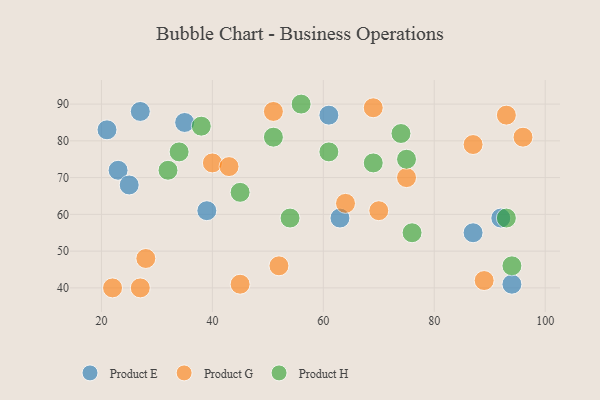
{"axis": {"x": "GDP", "y": "Life Expectancy"}, "legend": ["Product E", "Product G", "Product H"], "data": [{"x": "92", "y": 59, "type": "Product E"}, {"x": "35", "y": 85, "type": "Product E"}, {"x": "61", "y": 87, "type": "Product E"}, {"x": "39", "y": 61, "type": "Product E"}, {"x": "23", "y": 72, "type": "Product E"}, {"x": "21", "y": 83, "type": "Product E"}, {"x": "94", "y": 41, "type": "Product E"}, {"x": "25", "y": 68, "type": "Product E"}, {"x": "27", "y": 88, "type": "Product E"}, {"x": "63", "y": 59, "type": "Product E"}, {"x": "87", "y": 55, "type": "Product E"}, {"x": "45", "y": 41, "type": "Product G"}, {"x": "64", "y": 63, "type": "Product G"}, {"x": "75", "y": 70, "type": "Product G"}, {"x": "89", "y": 42, "type": "Product G"}, {"x": "40", "y": 74, "type": "Product G"}, {"x": "52", "y": 46, "type": "Product G"}, {"x": "43", "y": 73, "type": "Product G"}, {"x": "70", "y": 61, "type": "Product G"}, {"x": "27", "y": 40, "type": "Product G"}, {"x": "51", "y": 88, "type": "Product G"}, {"x": "96", "y": 81, "type": "Product G"}, {"x": "22", "y": 40, "type": "Product G"}, {"x": "69", "y": 89, "type": "Product G"}, {"x": "93", "y": 87, "type": "Product G"}, {"x": "87", "y": 79, "type": "Product G"}, {"x": "28", "y": 48, "type": "Product G"}, {"x": "61", "y": 77, "type": "Product H"}, {"x": "38", "y": 84, "type": "Product H"}, {"x": "54", "y": 59, "type": "Product H"}, {"x": "32", "y": 72, "type": "Product H"}, {"x": "34", "y": 77, "type": "Product H"}, {"x": "93", "y": 59, "type": "Product H"}, {"x": "75", "y": 75, "type": "Product H"}, {"x": "45", "y": 66, "type": "Product H"}, {"x": "76", "y": 55, "type": "Product H"}, {"x": "94", "y": 46, "type": "Product H"}, {"x": "51", "y": 81, "type": "Product H"}, {"x": "74", "y": 82, "type": "Product H"}, {"x": "69", "y": 74, "type": "Product H"}, {"x": "56", "y": 90, "type": "Product H"}]}